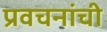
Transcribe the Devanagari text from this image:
प्रवचनांची